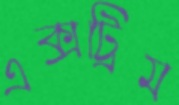
এক্সট্রিম